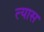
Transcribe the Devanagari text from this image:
त्‍यास